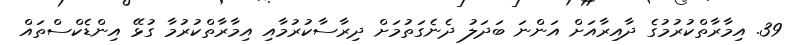
39. އިމާރާތްކުރުމުގެ ދާއިރާއަށް އަންނަ ބަދަލު ދެނެގަތުމަށް ދިރާސާކުރުމާއި އިމާރާތްކުރުމާ ގުޅޭ އިންޑެކްސްތައް